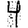
Digit: 4